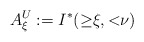
\begin{align*} A^U_\xi:=I^*({\ge}\xi,{<}\nu) \end{align*}